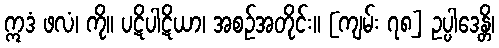
ဣဒံ ဖလံ၊ ကို။ ပဋိပါဋိယာ၊ အစဉ်အတိုင်း။ [ကျမ်း ၇၈] ဥပ္ပါဒေန္တိ၊